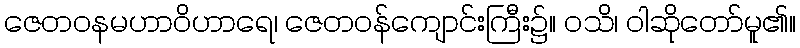
ဇေတဝနမဟာဝိဟာရေ၊ ဇေတဝန်ကျောင်းကြီး၌။ ဝသိ၊ ဝါဆိုတော်မူ၏။